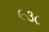
૯૩૮